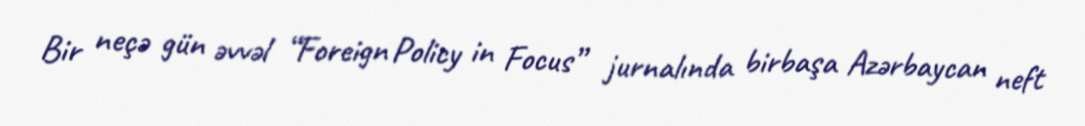
Bir neçə gün əvvəl “Foreign Policy in Focus” jurnalında birbaşa Azərbaycan neft